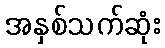
အနှစ်သက်ဆုံး